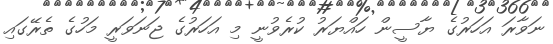
ނަވާރަ އަހަރުގެ ޔާސީން ހައްޔަރު ކުރެވުނީ މި އަހަރުގެ ޖަނަވަރީ މަހުގެ ތެރޭގައި